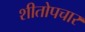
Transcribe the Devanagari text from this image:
शीतोपचार